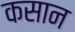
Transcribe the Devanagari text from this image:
कसान